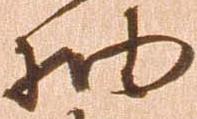
抽